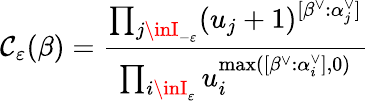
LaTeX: \mathcal{C}_{\varepsilon}(\beta)=\frac{{\prod_{j\inI_{-\varepsilon}}(u_{j}+1)^{[\beta^{\vee}:\alpha_{j}^{\vee}]}}}{{\prod_{i\inI_{\varepsilon}}u_{i}^{\operatorname*{max}([\beta^{\vee}:\alpha_{i}^{\vee}],0)}}}